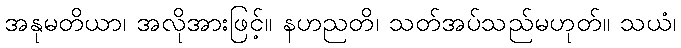
အနုမတိယာ၊ အလိုအားဖြင့်။ နဟညတိ၊ သတ်အပ်သည်မဟုတ်။ သယံ၊